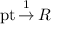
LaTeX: \operatorname { p t } { \stackrel { 1 } { \to } } \, R